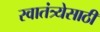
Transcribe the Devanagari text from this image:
स्वातंत्र्येसाठी